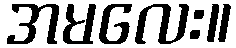
အမလေး။